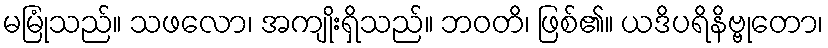
မမြုံသည်။ သဖလော၊ အကျိုးရှိသည်။ ဘဝတိ၊ ဖြစ်၏။ ယဒိပရိနိဗ္ဗုတော၊